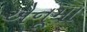
એનૂમા